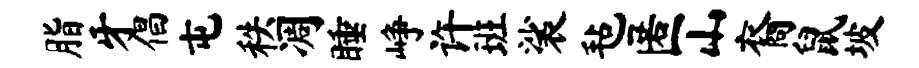
脂牙倡屯秩凋睡峥许班裟毡匿山裔鼠坡